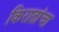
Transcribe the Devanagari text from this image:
किरातांचा